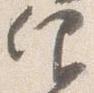
仰